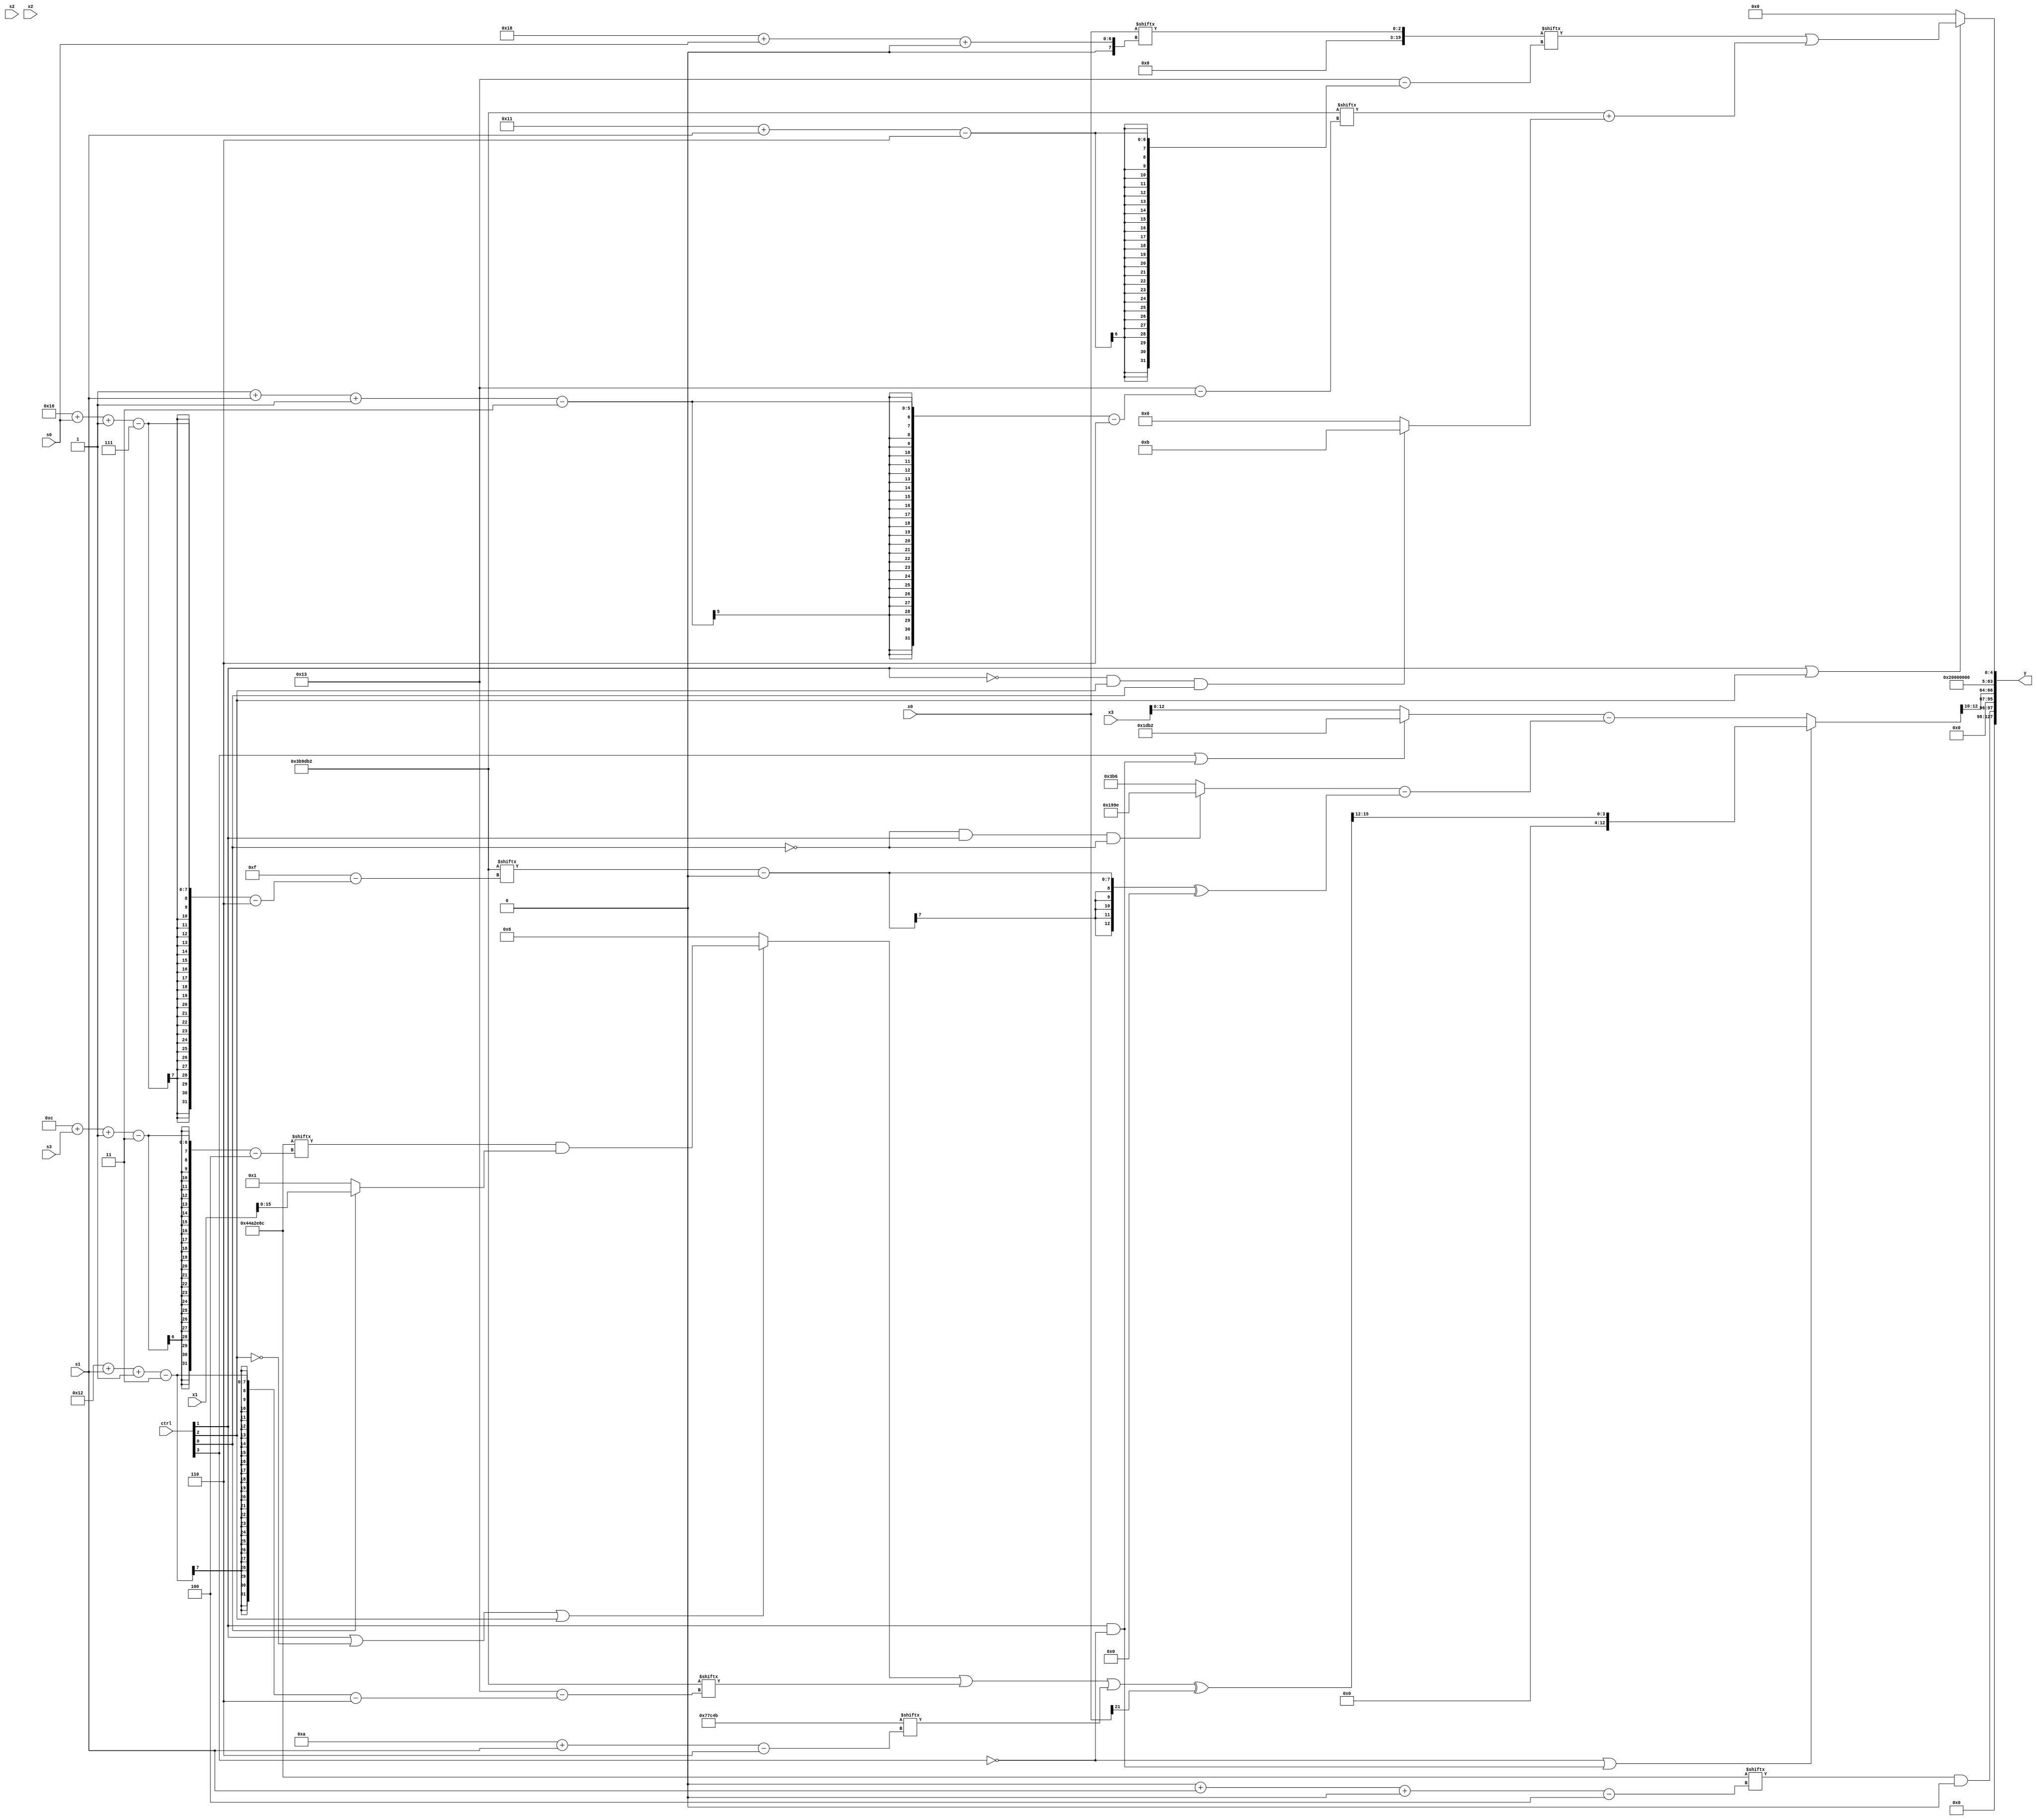
module partsel_00903(ctrl, s0, s1, s2, s3, x0, x1, x2, x3, y);
  input [3:0] ctrl;
  input [2:0] s0;
  input [2:0] s1;
  input [2:0] s2;
  input [2:0] s3;
  input [31:0] x0;
  input [31:0] x1;
  input [31:0] x2;
  input signed [31:0] x3;
  wire [7:30] x4;
  wire [29:6] x5;
  wire [1:24] x6;
  wire signed [25:0] x7;
  wire [5:24] x8;
  wire signed [4:26] x9;
  wire signed [7:29] x10;
  wire [0:28] x11;
  wire [6:25] x12;
  wire signed [25:1] x13;
  wire signed [5:28] x14;
  wire signed [1:26] x15;
  output [127:0] y;
  wire [31:0] y0;
  wire signed [31:0] y1;
  wire signed [31:0] y2;
  wire [31:0] y3;
  assign y = {y0,y1,y2,y3};
  localparam signed [27:6] p0 = 88570955;
  localparam signed [6:27] p1 = 62627250;
  localparam signed [24:7] p2 = 100858270;
  localparam [31:4] p3 = 877276780;
  assign x4 = (p3[12 + s3 -: 3] & {x2[30 + s2 -: 7], (ctrl[3] && !ctrl[3] || !ctrl[0] ? p0[16] : x1)});
  assign x5 = {2{{2{p3[8]}}}};
  assign x6 = (x4[10] ^ x0[12 + s1 +: 2]);
  assign x7 = p3[7 + s0];
  assign x8 = x0[24 + s0 +: 3];
  assign x9 = ({{(ctrl[1] && ctrl[0] && ctrl[2] ? {2{x3}} : (p3[9 + s0 -: 5] | p2[16])), x8[28 + s3 -: 8]}, (((ctrl[1] || !ctrl[2] || ctrl[2] ? x4 : p1[16 +: 3]) | p1[18 + s1 -: 3]) | p0[10 + s1])} ^ x0[21]);
  assign x10 = (!ctrl[3] || ctrl[1] && !ctrl[3] ? x9[11 +: 4] : ((ctrl[3] || ctrl[1] && !ctrl[3] ? p1 : x3) - ((!ctrl[0] && ctrl[1] && !ctrl[0] ? {p3[25 + s1 -: 4], p2} : (p3[18 -: 2] - p0)) - ((p1[22 + s0 -: 7] - x7[9 +: 2]) ^ (x6[10] & p0)))));
  assign x11 = (((p3[17 + s3 -: 8] | (!ctrl[2] && ctrl[3] && ctrl[3] ? (p0[18 + s3 +: 1] | p1[18 + s1]) : {2{p0[8 +: 1]}})) + x9[2 + s2 +: 3]) ^ p2);
  assign x12 = x8;
  assign x13 = ((ctrl[3] && ctrl[1] || ctrl[0] ? {((p3 & x7[23 + s3 +: 5]) + {((p3 + (x11[28 + s3 -: 7] + p1)) & p1), x5[15 -: 3]}), ((x10 + x10[16 + s2]) ^ x7[10])} : (ctrl[1] && ctrl[0] || ctrl[3] ? (ctrl[2] || ctrl[1] && !ctrl[1] ? x3[29 + s1 +: 8] : (p0[10 + s3] ^ x12[17 +: 2])) : x6)) & x0[17 +: 2]);
  assign x14 = x9[16 +: 3];
  assign x15 = (p3[0 + s1 +: 2] & x8[14 -: 1]);
  assign y0 = x15;
  assign y1 = x10[17 +: 3];
  assign y2 = p0[10 +: 3];
  assign y3 = (ctrl[1] || ctrl[1] || ctrl[2] ? (x12[17 + s1] | (p1[1 + s1 -: 3] + (!ctrl[1] && ctrl[2] && ctrl[0] ? p0[22 -: 4] : p3[18 +: 1]))) : p1[18]);
endmodule